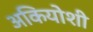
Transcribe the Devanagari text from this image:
अकियोशी